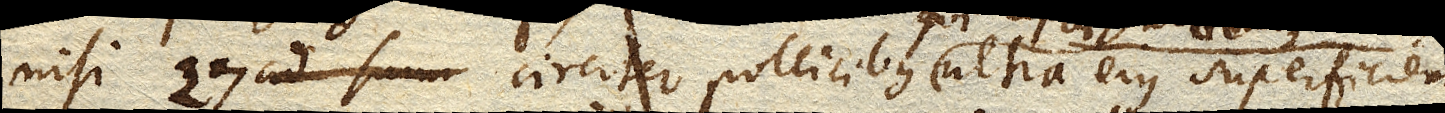
nisi 27 circiter pollicibus ultra ejus superficiem